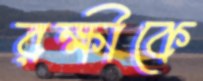
রক্ষীকে